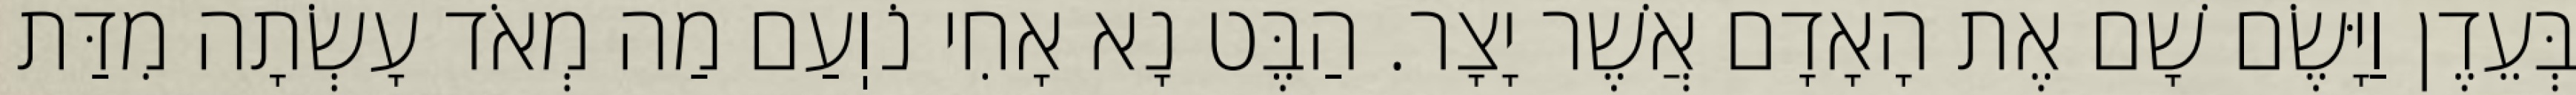
בְּעֵדֶן וַיָּשֶׂם שָׁם אֶת הָאָדָם אֲשֶׁר יָצָר. הַבֶּט נָא אָחִי נֹוֽעַם מַה מְאֹד עָשְׂתָה מִדַּת